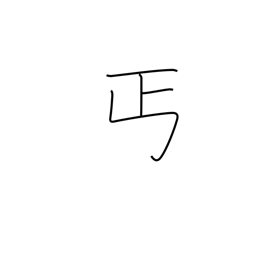
Meaning: give